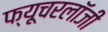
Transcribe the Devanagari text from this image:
फ्यूचरलॉजी